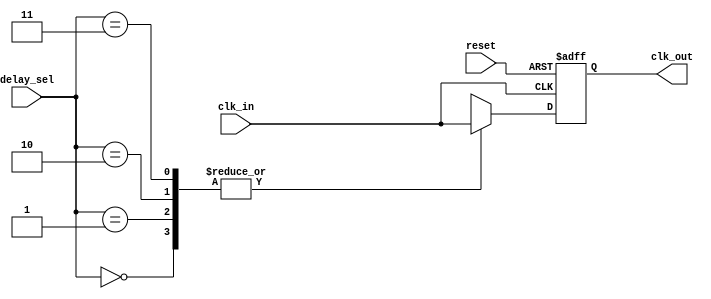
module DelayClockBuffer #(
    parameter NUM_DELAY_STAGES = 4,
    parameter DELAY_WIDTH = 2
) (
    input wire clk_in,                     // Input clock signal
    input wire [DELAY_WIDTH-1:0] delay_sel, // Control signal to select delay stage
    input wire reset,                      // Reset signal
    output reg clk_out                     // Output delayed clock signal
);

// Internal signals
reg [NUM_DELAY_STAGES-1:0] delay_stages[NUM_DELAY_STAGES-1:0];
reg [NUM_DELAY_STAGES-1:0] clk_delayed;

// Generate delay stages using a series of buffers/inverters
generate
    genvar i;
    for (i = 0; i < NUM_DELAY_STAGES; i = i + 1) begin : delay_gen
        if (i == 0) begin
            assign delay_stages[i] = clk_in;
        end else begin
            assign delay_stages[i] = delay_stages[i-1];
        end
    end
endgenerate

always @(posedge clk_in or posedge reset) begin
    if (reset) begin
        clk_out <= 0; // Reset output clock
    end else begin
        clk_out <= delay_stages[delay_sel]; // Select the delayed clock output
    end
end

endmodule